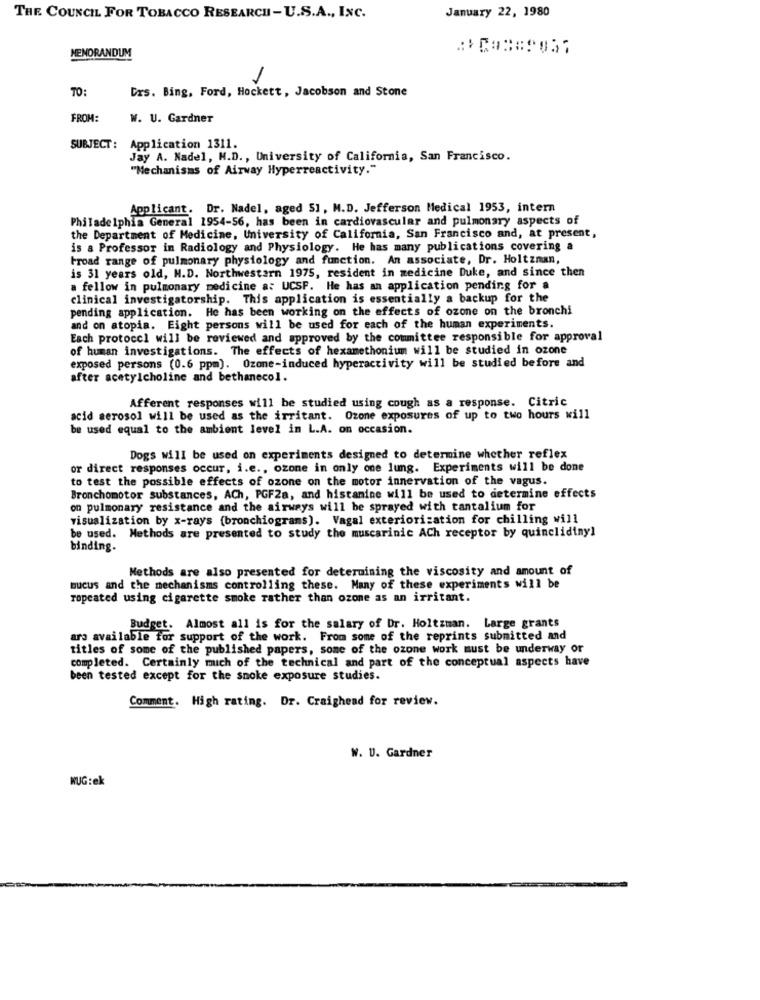
January 22, 1980
THE COUNCIL FOR TOBACCO RESEARCH-U.S.A ., INC.
MEMORANDUM
1
TO:
Drs. Bing, Ford, Hockett, Jacobson and Stone
FROM:
W. U. Gardner
SUBJECT: Application 1311.
Jay A. Nadel, M.D ., University of California, San Francisco.
"Mechanisms of Airway Hyperreactivity."
Applicant. Dr. Nadel, aged 51, M.D. Jefferson Medical 1953, intern
Philadelphia General 1954-56, has been in cardiovascular and pulmonary aspects of
the Department of Medicine, University of California, San Francisco and, at present,
is a Professor in Radiology and Physiology. He has many publications covering a
broad range of pulmonary physiology and function. An associate, Dr. Holtznan,
is 31 years old, M.D. Northwestern 1975, resident in medicine Duke, and since then
a fellow in pulmonary medicine a: UCSF. He has an application pending for a
clinical investigatorship. This application is essentially a backup for the
pending application. He has been working on the effects of ozone on the bronchi
and on atopia. Eight persons will be used for each of the human experiments.
Each protocol will be reviewed and approved by the committee responsible for approval
of human investigations. The effects of hexamethonium will be studied in ozone
exposed persons (0.6 ppm). Ozone-induced hyperactivity will be studied before and
after acetylcholine and bethanecol.
Afferent responses will be studied using cough as a response. Citric
acid aerosol will be used as the irritant. Ozone exposures of up to two hours will
be used equal to the ambient level in L.A. on occasion.
Dogs will be used on experiments designed to determine whether reflex
or direct responses occur, i.e ., ozone in only one lung. Experiments will be done
to test the possible effects of ozone on the motor innervation of the vagus.
Bronchomotor substances, ACh, PGFZa, and histamine will be used to determine effects
on pulmonary resistance and the airways will be sprayed with tantalium for
visualization by x-rays (bronchiograms). Vagal exteriorization for chilling will
be used. Methods are presented to study the muscarinic ACh receptor by quinclidiny!
binding.
Methods are also presented for determining the viscosity and amount of
mucus and the mechanisms controlling these. Many of these experiments will be
ropeated using cigarette smoke rather than ozone as an irritant.
Budget. Almost all is for the salary of Dr. Holtzman. Large grants
ars available for support of the work. From some of the reprints submitted and
titles of some of the published papers, some of the ozone work must be underway or
completed. Certainly mich of the technical and part of the conceptual aspects have
been tested except for the smoke exposure studies.
Comment. High rating. Dr. Craighead for review.
W. U. Gardner
NUG:ek